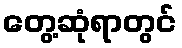
တွေ့ဆုံရာတွင်